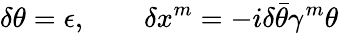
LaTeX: \delta\theta=\epsilon,\qquad\delta x^{m}=-i\delta\bar{\theta}\gamma^{m}\theta